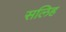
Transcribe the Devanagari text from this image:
सलिह